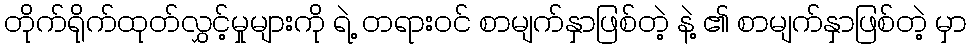
တိုက်ရိုက်ထုတ်လွှင့်မှုများကို ရဲ့ တရားဝင် စာမျက်နှာဖြစ်တဲ့ နဲ့ ၏ စာမျက်နှာဖြစ်တဲ့ မှာ